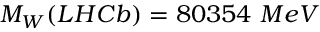
M _ { W } ( L H C b ) = 8 0 3 5 4 \ M e V